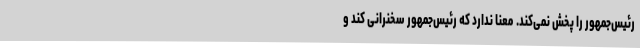
رئیس‌جمهور را پخش نمی‌کند. معنا ندارد که رئیس‌جمهور سخنرانی کند و